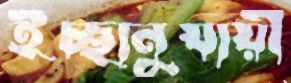
ইচ্ছানুযায়ী